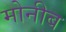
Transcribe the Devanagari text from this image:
मोनीब